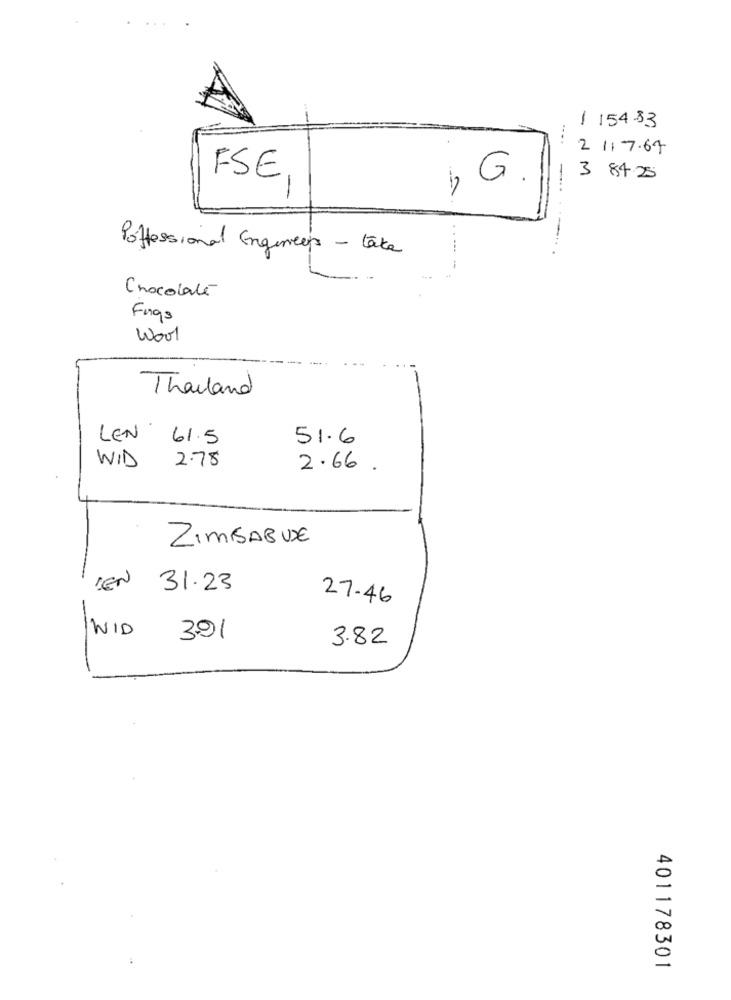
/ 154-33
2 117.64
FSE
1 G.
-
3 84.25
-
-
Proffessional Engineers - take
Chocolaté
Fungs
Wool
Thouland
LEN 61.5
51.6
WID
2.78
2.66.
ZIMISABUDE
IEN
31.23
27.46
WID
391
3.82
401178301